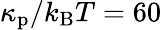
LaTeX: \kappa_{\mathrm{p}}/k_{\mathrm{B}}T=60